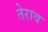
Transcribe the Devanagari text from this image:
तेराव